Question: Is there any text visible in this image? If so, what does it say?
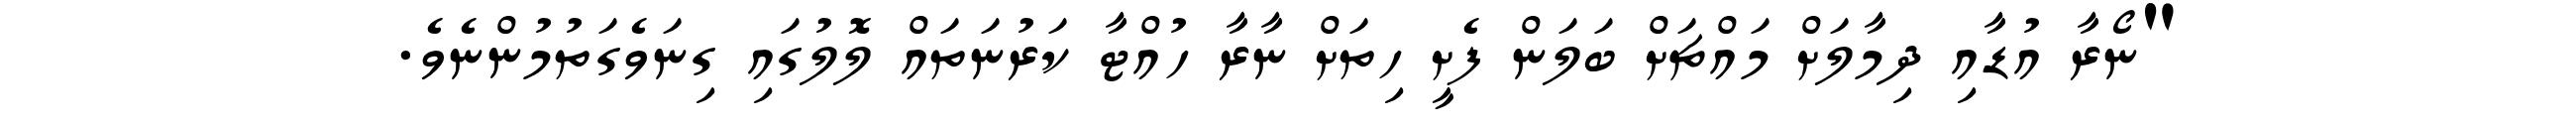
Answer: "ނޯރާ އުޑާއި ދިމާލަށް މައްޗަށް ބަލަން ފެށީ ހިތަށް ނާރާ ހުއްޓާ ކަރުނަތައް ލޮލުގައި ގިނަވެގަތުމުންނެވެ.